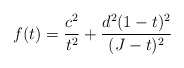
\begin{align*}f(t)=\dfrac{c^{2}}{t^{2}}+\dfrac{d^{2}(1-t)^{2}}{(J-t)^{2}}\end{align*}